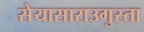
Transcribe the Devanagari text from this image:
सेयासाराउगुस्ता